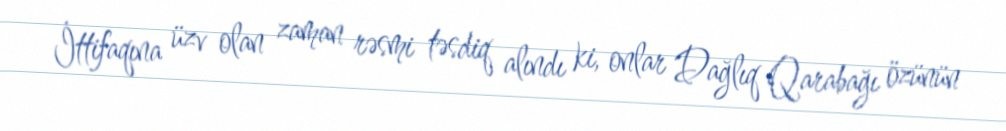
İttifaqına üzv olan zaman rəsmi təsdiq alındı ki, onlar Dağlıq Qarabağı özünün